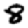
Digit: 8